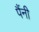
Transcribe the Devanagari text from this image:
पैंनी